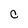
Character: C